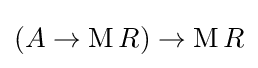
(A\rightarrow \mathrm {M} \,R)\rightarrow \mathrm {M} \,R